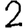
Digit: 2